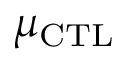
\mu _ { \mathrm { C T L } }